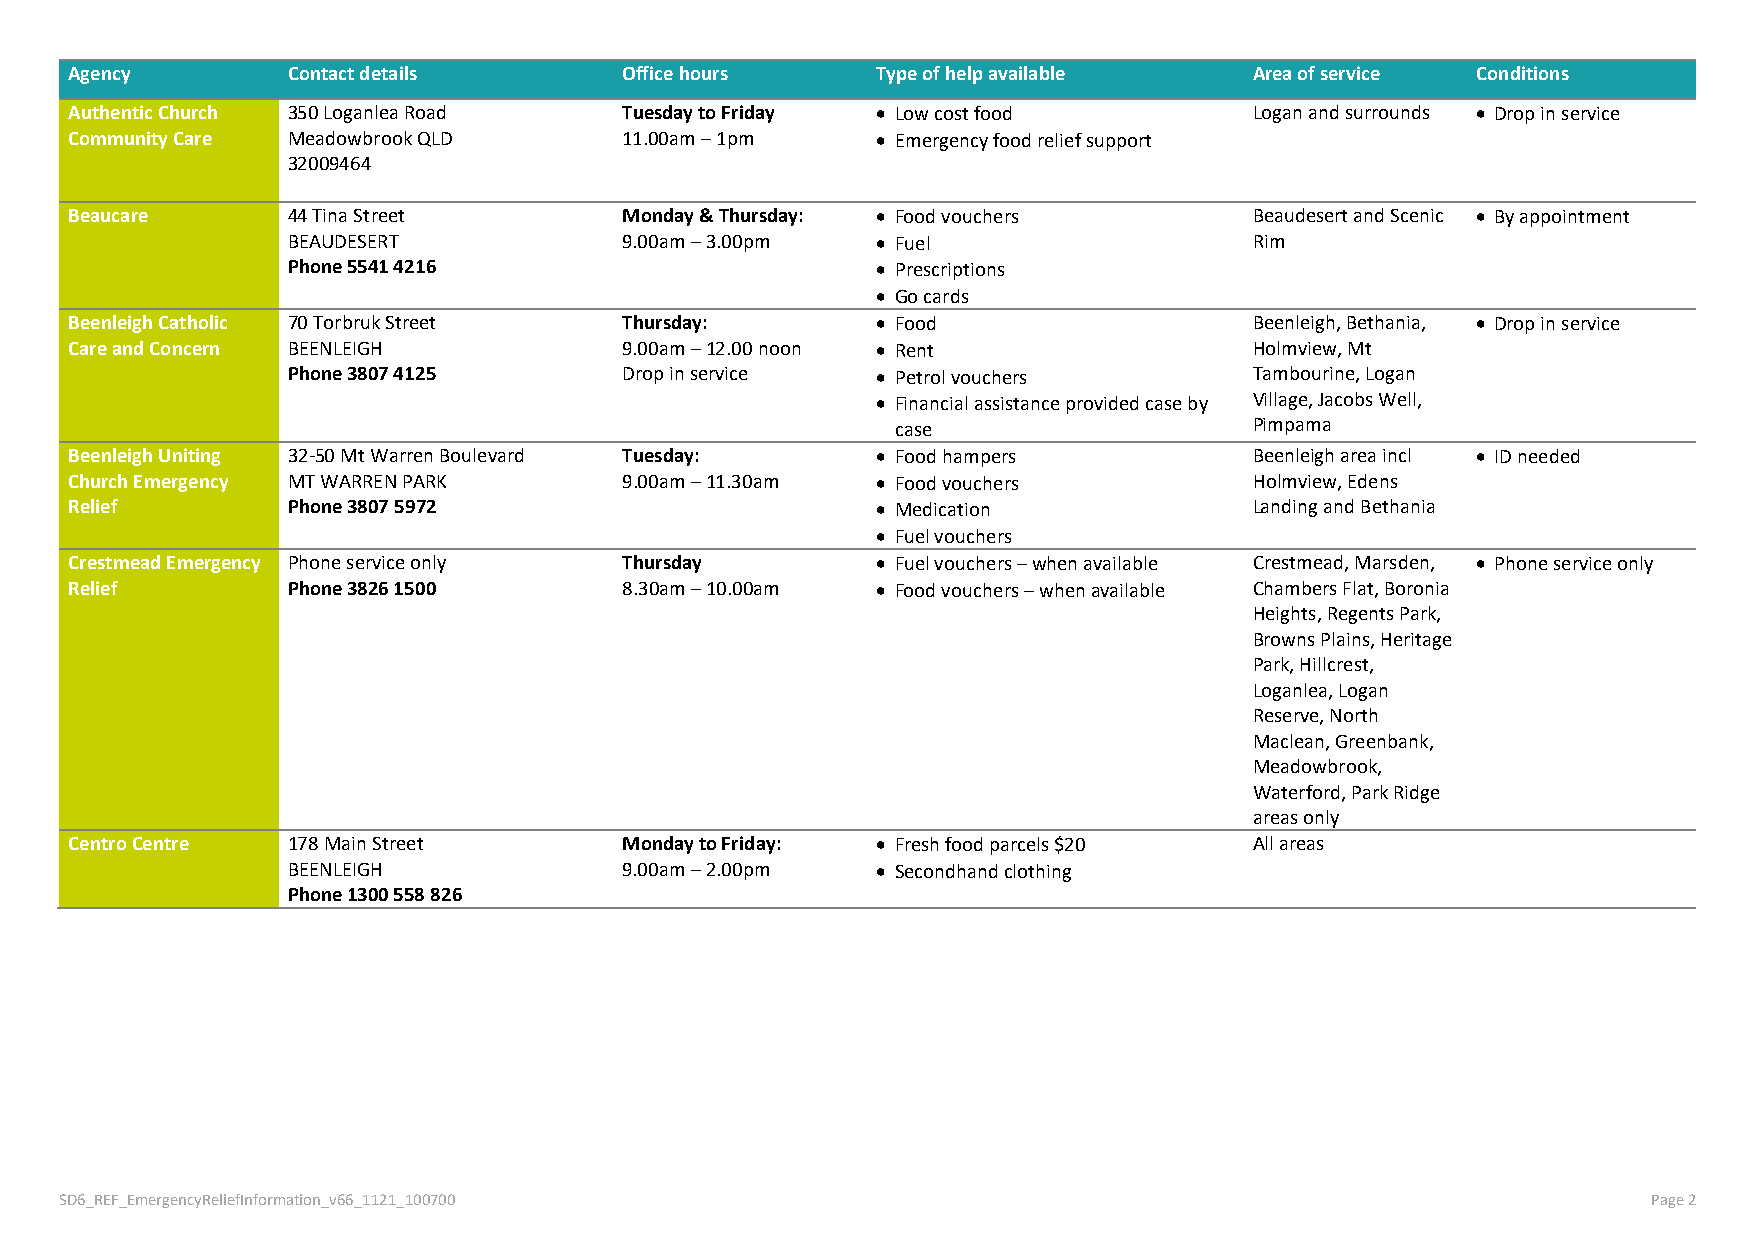
Agency        Contact details       Office hours     Type of help available   Area of service Conditions
 Authentic Church 350 Loganlea Road  Tuesday to Friday • Low cost food         Logan and surrounds • Drop in service
 Community Care Meadowbrook QLD      11.00am – 1pm    • Emergency food relief support
 32009464
 Beaucare      44 Tina Street        Monday & Thursday: • Food vouchers        Beaudesert and Scenic • By appointment
 BEAUDESERT            9.00am – 3.00pm  • Fuel                   Rim
 Phone 5541 4216                        • Prescriptions
 • Go cards
 Beenleigh Catholic 70 Torbruk Street Thursday:       • Food                   Beenleigh, Bethania, • Drop in service
 Care and Concern BEENLEIGH          9.00am – 12.00 noon • Rent                Holmview, Mt
 Phone 3807 4125       Drop in service  • Petrol vouchers        Tambourine, Logan
 • Financial assistance provided case by Village, Jacobs Well,
 case                    Pimpama
 Beenleigh Uniting 32-50 Mt Warren Boulevard Tuesday: • Food hampers           Beenleigh area incl • ID needed
 Church Emergency MT WARREN PARK     9.00am – 11.30am • Food vouchers          Holmview, Edens
 Relief        Phone 3807 5972                        • Medication             Landing and Bethania
 • Fuel vouchers
 Crestmead Emergency Phone service only Thursday      • Fuel vouchers – when available Crestmead, Marsden, • Phone service only
 Relief        Phone 3826 1500       8.30am – 10.00am • Food vouchers – when available Chambers Flat, Boronia
 Heights, Regents Park,
 Browns Plains, Heritage
 Park, Hillcrest,
 Loganlea, Logan
 Reserve, North
 Maclean, Greenbank,
 Meadowbrook,
 Waterford, Park Ridge
 areas only
 Centro Centre 178 Main Street       Monday to Friday: • Fresh food parcels $20 All areas
 BEENLEIGH             9.00am – 2.00pm  • Secondhand clothing
 Phone 1300 558 826
 SD6_REF_EmergencyReliefInformation_v66_1121_100700                                                       Page 2